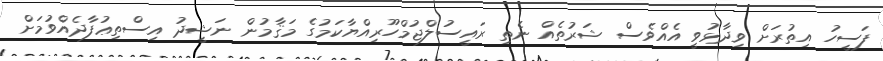
ފަސީހު އިތުރަށް ވިދާޅުވީ އެއްވެސް ޝަރުތެއް ނެތި ރައީސުލްޖުމްހޫރިއްޔާކަމުގެ މަޤާމުން ނަޝީދު އިސްތިޢުފާދެއްވުމަށް